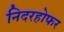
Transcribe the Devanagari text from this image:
निदरहोफर